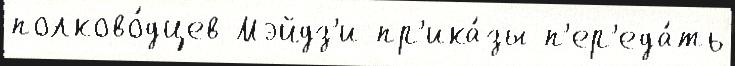
полково́дцев Мэйдз'и пр'ика́зы п'ер'еда́ть